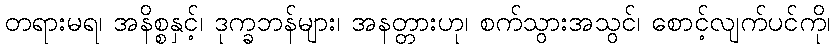
တရားမရ၊ အနိစ္စနှင့်၊ ဒုက္ခဘန်များ၊ အနတ္တားဟု၊ စက်သွားအသွင်၊ စောင့်လျက်ပင်ကို၊